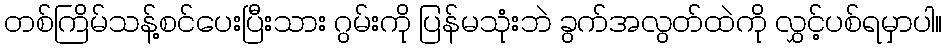
တစ်ကြိမ်သန့်စင်ပေးပြီးသား ဂွမ်းကို ပြန်မသုံးဘဲ ခွက်အလွတ်ထဲကို လွှင့်ပစ်ရမှာပါ။